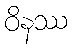
ဝိနဿ